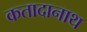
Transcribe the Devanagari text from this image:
कतादानाथ